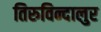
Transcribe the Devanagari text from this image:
तिरुविन्दालुर